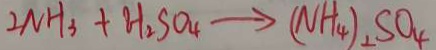
2 N H _ { 3 } + H _ { 2 } S O _ { 4 } \rightarrow ( N H _ { 4 } ) _ { 2 } S O _ { 4 }